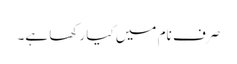
صرف نام میں کیا رکھا ہے۔